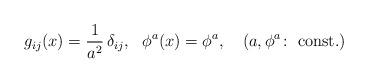
LaTeX: \begin{align*}g_{ij}(x)={1\over a^2}\,\delta_{ij},~~\phi^a(x)=\phi^a,\quad (a,\phi^a\!:~{\rm const.}) \end{align*}